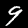
Label: 9